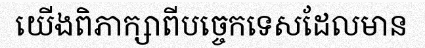
យើងពិភាក្សាពីបច្ចេកទេសដែលមាន